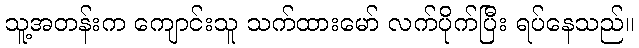
သူ့အတန်းက ကျောင်းသူ သက်ထားမော် လက်ပိုက်ပြီး ရပ်နေသည်။